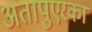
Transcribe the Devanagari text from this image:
अतापुएरका